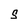
Character: S